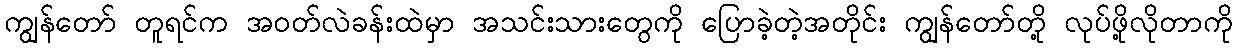
ကျွန်တော် တူရင်က အဝတ်လဲခန်းထဲမှာ အသင်းသားတွေကို ပြောခဲ့တဲ့အတိုင်း ကျွန်တော်တို့ လုပ်ဖို့လိုတာကို